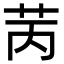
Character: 苪